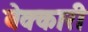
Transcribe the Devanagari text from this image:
बेक्कारी